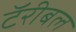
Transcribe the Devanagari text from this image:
टॅरीबल